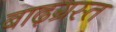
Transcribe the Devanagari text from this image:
बाढ़ग्रस्‍त